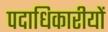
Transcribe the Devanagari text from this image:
पदाधिकारीयों